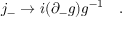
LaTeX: j _ { - } \to i ( \partial _ { - } g ) g ^ { - 1 } \quad .